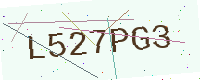
Text: L527PG3